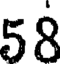
58